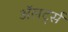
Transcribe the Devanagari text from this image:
अॅलर्ट्स